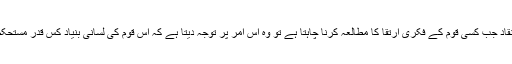
ایک نقاد جب کسی قوم کے فکری ارتقا کا مطالعہ کرنا چاہتا ہے تو وہ اس امر پر توجہ دیتا ہے کہ اس قوم کی لسانی بنیاد کس قدر مستحکم ہے۔